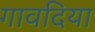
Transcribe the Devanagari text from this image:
गावदिया